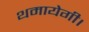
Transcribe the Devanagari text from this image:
थमायेगी।